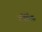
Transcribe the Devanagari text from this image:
गबैर्गिक